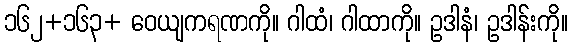
၁၆၂+၁၆၃+ ဝေယျကရဏကို။ ဂါထံ၊ ဂါထာကို။ ဥဒါနံ၊ ဥဒါန်းကို။